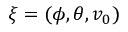
\xi = ( \phi , \theta , v _ { 0 } )